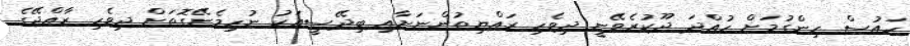
ހައުސް ހިންގުމަށް ހުއްދަ ދޫކުރެވޭނީ ދިވެހި ރައްޔިތުންނަށާއި ބިދޭސީއަކު ނުހިމެނޭގޮތަށް ދިވެހި ރާއްޖޭގެ